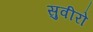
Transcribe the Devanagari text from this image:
सुवीरो